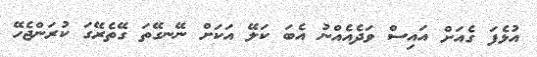
އުޅެފަ ގެއަށް އައިސް ވަދެއެއްނު އެބަ ކަލޭ އަކަށް ނޭނގޭތަ ގޭތެރޭގަ ކުރަންޖެހޭ